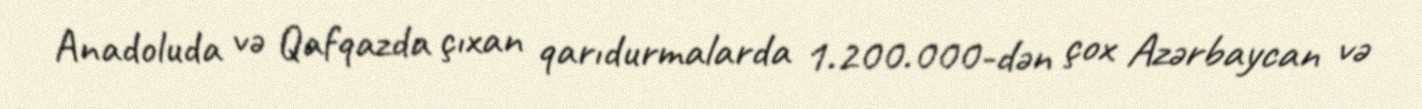
Anadoluda və Qafqazda çıxan qarıdurmalarda 1.200.000-dən çox Azərbaycan və